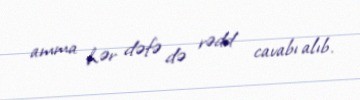
amma hər dəfə də rədd cavabı alıb.